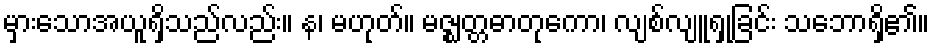
မှားသောအယူရှိသည်လည်း။ န၊ မဟုတ်။ မဇ္ဈတ္တဓာတုကော၊ လျစ်လျူရှုခြင်း သဘောရှိ၏။